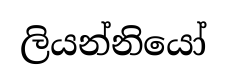
ලියන්නියෝ